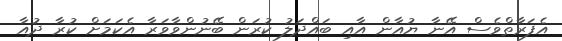
އެފަރާތްވެސް އޭނާ ޔުއާން އާއި ބައްދަލު ކުރަން ބޭނުންވާވަރާ އެކަމަށް ކުރާ ދުއާ